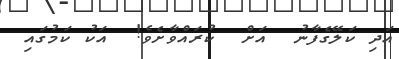
އަދި ކަލޭގެފާނު  އަށް  ކުރައްވާށެވެ!  އަކު ކަމުގައި